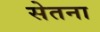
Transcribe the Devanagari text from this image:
सेतना